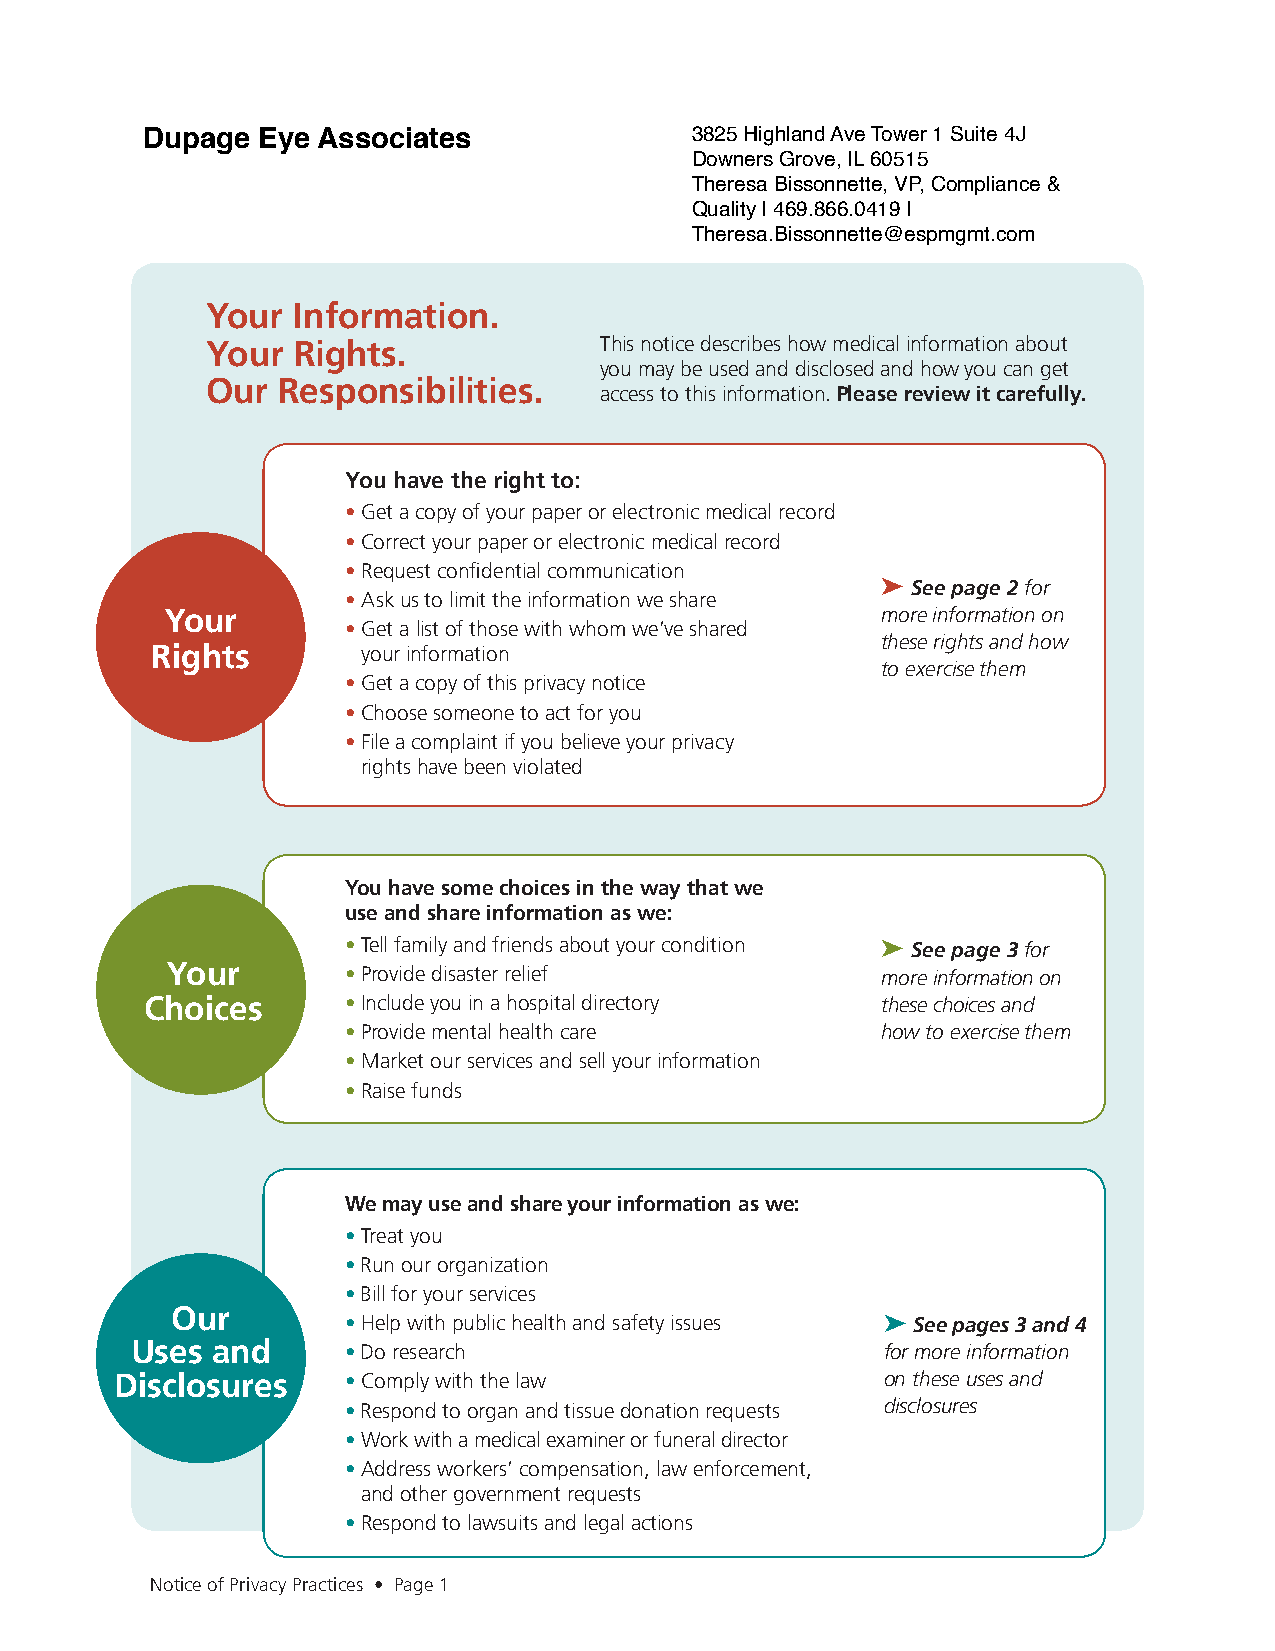
DDuuppaaggee EEyyee AAssssoocciiaatteess 33882255 HHiigghhllaanndd AAvvee TToowweerr 11 SSuuiittee 44JJ
 DDoowwnneerrss GGrroovvee,, IILL 6600551155
 TThheerreessaa BBiissssoonnnneettttee,, VVPP,, CCoommpplliiaannccee &&
 QQuuaalliittyy || 446699..886666..00441199 ||
 TThheerreessaa..BBiissssoonnnneettttee@@eessppmmggmmtt..ccoomm
 Your Information.
 Your Rights.              This notice describes how medical information about
 you may be used and disclosed and how you can get
 Our Responsibilities.
 access to this information. Please review it carefully.
 You have the right to:
 • Get a copy of your paper or electronic medical record
 • Correct your paper or electronic medical record
 • Request confidential communication
 ➤ See page 2for
 • Ask us to limit the information we share
 Your                                           more information on
 • Get a list of those with whom we’ve shared
 these rights and how
 Rights        your information
 to exercise them
 • Get a copy of this privacy notice
 • Choose someone to act for you
 • File a complaint if you believe your privacy
 rights have been violated
 You have some choices in the way that we
 use and share information as we:
 • Tell family and friends about your condition ➤ See page 3for
 Your        • Provide disaster relief          more information on
 Choices      • Include you in a hospital directory these choices and
 • Provide mental health care       how to exercise them
 • Market our services and sell your information
 • Raise funds
 We may use and share your information as we:
 • Treat you
 • Run our organization
 • Bill for your services
 Our
 • Help with public health and safety issues ➤ See pages 3 and 4
 Uses and      • Do research                       for more information
 Disclosures    •Comply with the law                on these uses and
 • Respond to organ and tissue donation requests disclosures
 • Work with a medical examiner or funeral director
 •Address workers’ compensation, law enforcement,
 and other government requests
 •Respond to lawsuits and legal actions
 Notice of Privacy Practices • Page 1